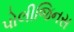
પોલીજિનસ